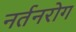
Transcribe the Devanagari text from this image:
नर्तनरोग